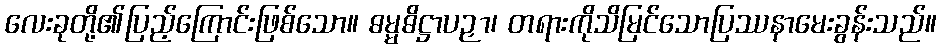
လေးခုတို့၏ပြည့်ကြောင်းဖြစ်သော။ ဓမ္မဓိဋ္ဌာပဉှာ၊ တရားကိုသိမြင်သောပြဿနာမေးခွန်းသည်။